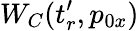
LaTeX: W_{C}(t_{r}^{\prime},p_{0x})